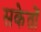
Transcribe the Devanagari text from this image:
सकेतों